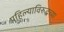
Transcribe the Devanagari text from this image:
पहिल्याविरुद्धच्या